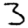
Digit: 3